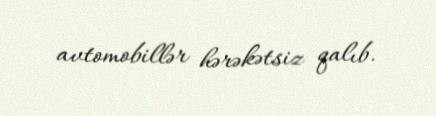
avtomobillər hərəkətsiz qalıb.